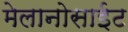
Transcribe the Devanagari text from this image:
मेलानोसाईट